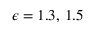
\epsilon = 1 . 3 , \, 1 . 5